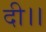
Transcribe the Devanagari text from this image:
दी।।